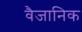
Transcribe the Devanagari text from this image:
वैजानिक